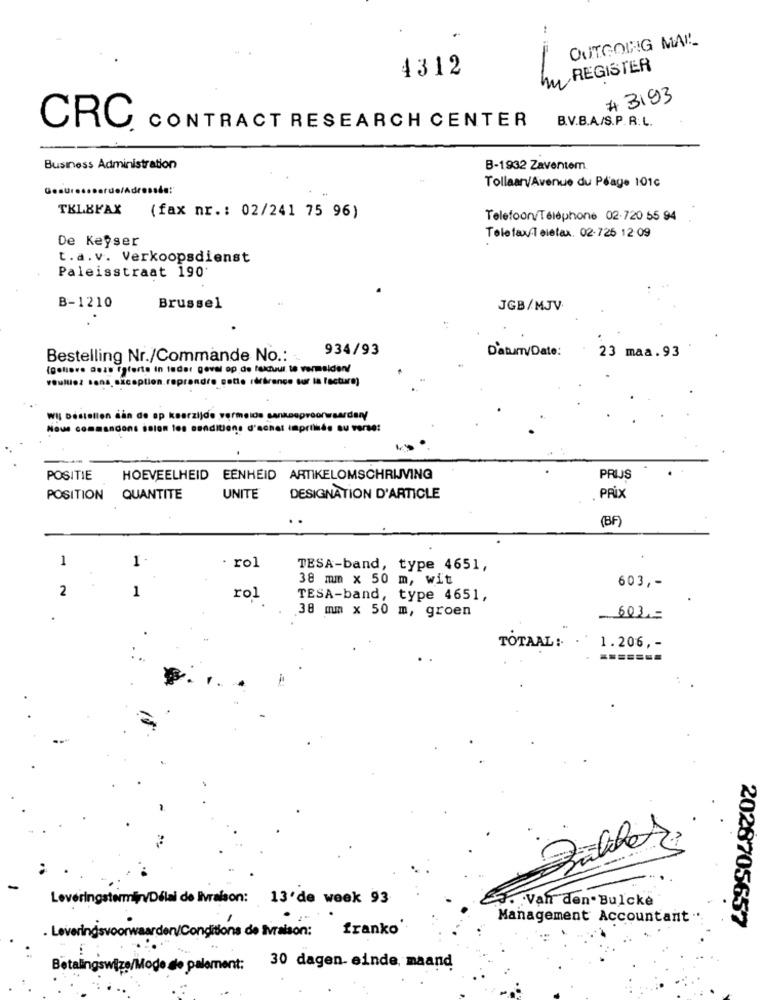
OUTGOING MAIL
REGISTER
4312
# 3193
B.V.B.A./S.P.R. L.
CRC CONTRACT RESEARCH CENTER
Business Administration
B-1932 Zaventem
Tollaany/Avenue du Péage 101c
TELEFAX
(fax nr .: 02/241 75 96)
Telefoon/Téléphone 02-720 55 94
De Keyser
Telefax Telefax. 02-725 12:09
t.a.v. Verkoopsdienst
Paleisstraat 190
B-1210
Brussel
JGB/MJV.
934/93
Datum/Date:
Bestelling Nr./Commande No .:
23 maa.93
(gotovo dozs Éoferta In tador geval op de faktuur, to vermeiden!
option reprendre gette référence sur la facture)
dstellen aan de op keerzijde vermeios sanksepreonwaardary
Nous commander
lon les conditions d'achat impriliés au verso:
POSITIE
HOEVEELHEID EENHEID ARTIKELOMSCHRIJVING
PRIJS
POSITION
QUANTITE
UNITE
DESIGNATION D'ARTICLE
PRIX
(BF)
1
1
· rol
TESA-band, type 4651,
38 mm x 50 m, wit
2
1
603 ,-
rol
TESA-band, type 4651,
38 mm x 50 m, groen
603 .=
TOTAAL :. .
1.206 ,-
Leveringstermijn/Délai de livraison: 13'de week 93
.. . Van den.Bulcke
Management Accountant ...
2028705657
Leveringsvoorwaarden/Conditions de livraison: franko'
Betalingswiza/Mode de palement: 30 dagen- einde, maand